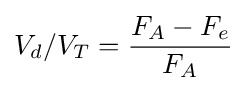
V_{d}/V_{T}={\frac {F_{A}-F_{e}}{F_{A}}}